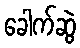
ခေါက်ဆွဲ